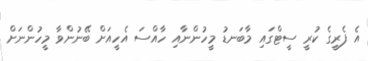
އެ ފެރީގެ ކުރީ ސީޓްގައި މާބަނޑު މީހުންނާއި ހާއްސަ އެހީއަށް ބޭނުންވާ މީހުންނަށް